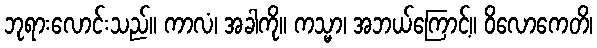
ဘုရားလောင်းသည်။ ကာလံ၊ အခါကို။ ကသ္မာ၊ အဘယ်ကြောင့်။ ဝိလောကေတိ၊